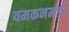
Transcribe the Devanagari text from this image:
यमकनमर्डी